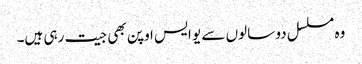
وہ مسلسل دو سالوں سے یو ایس اوپن بھی جیت رہی ہیں۔